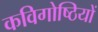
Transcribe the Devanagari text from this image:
कविगोष्ठियों